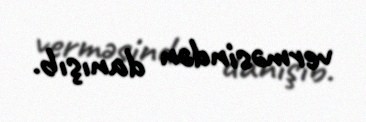
verməsindən danışıb.